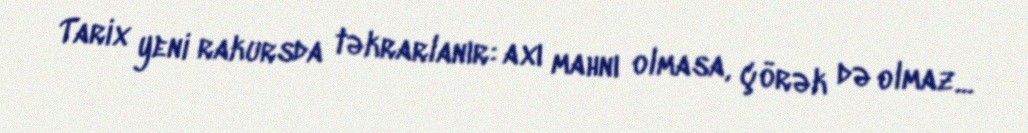
Tarix yeni rakursda təkrarlanır: axı mahnı olmasa, çörək də olmaz...